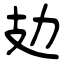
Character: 攰